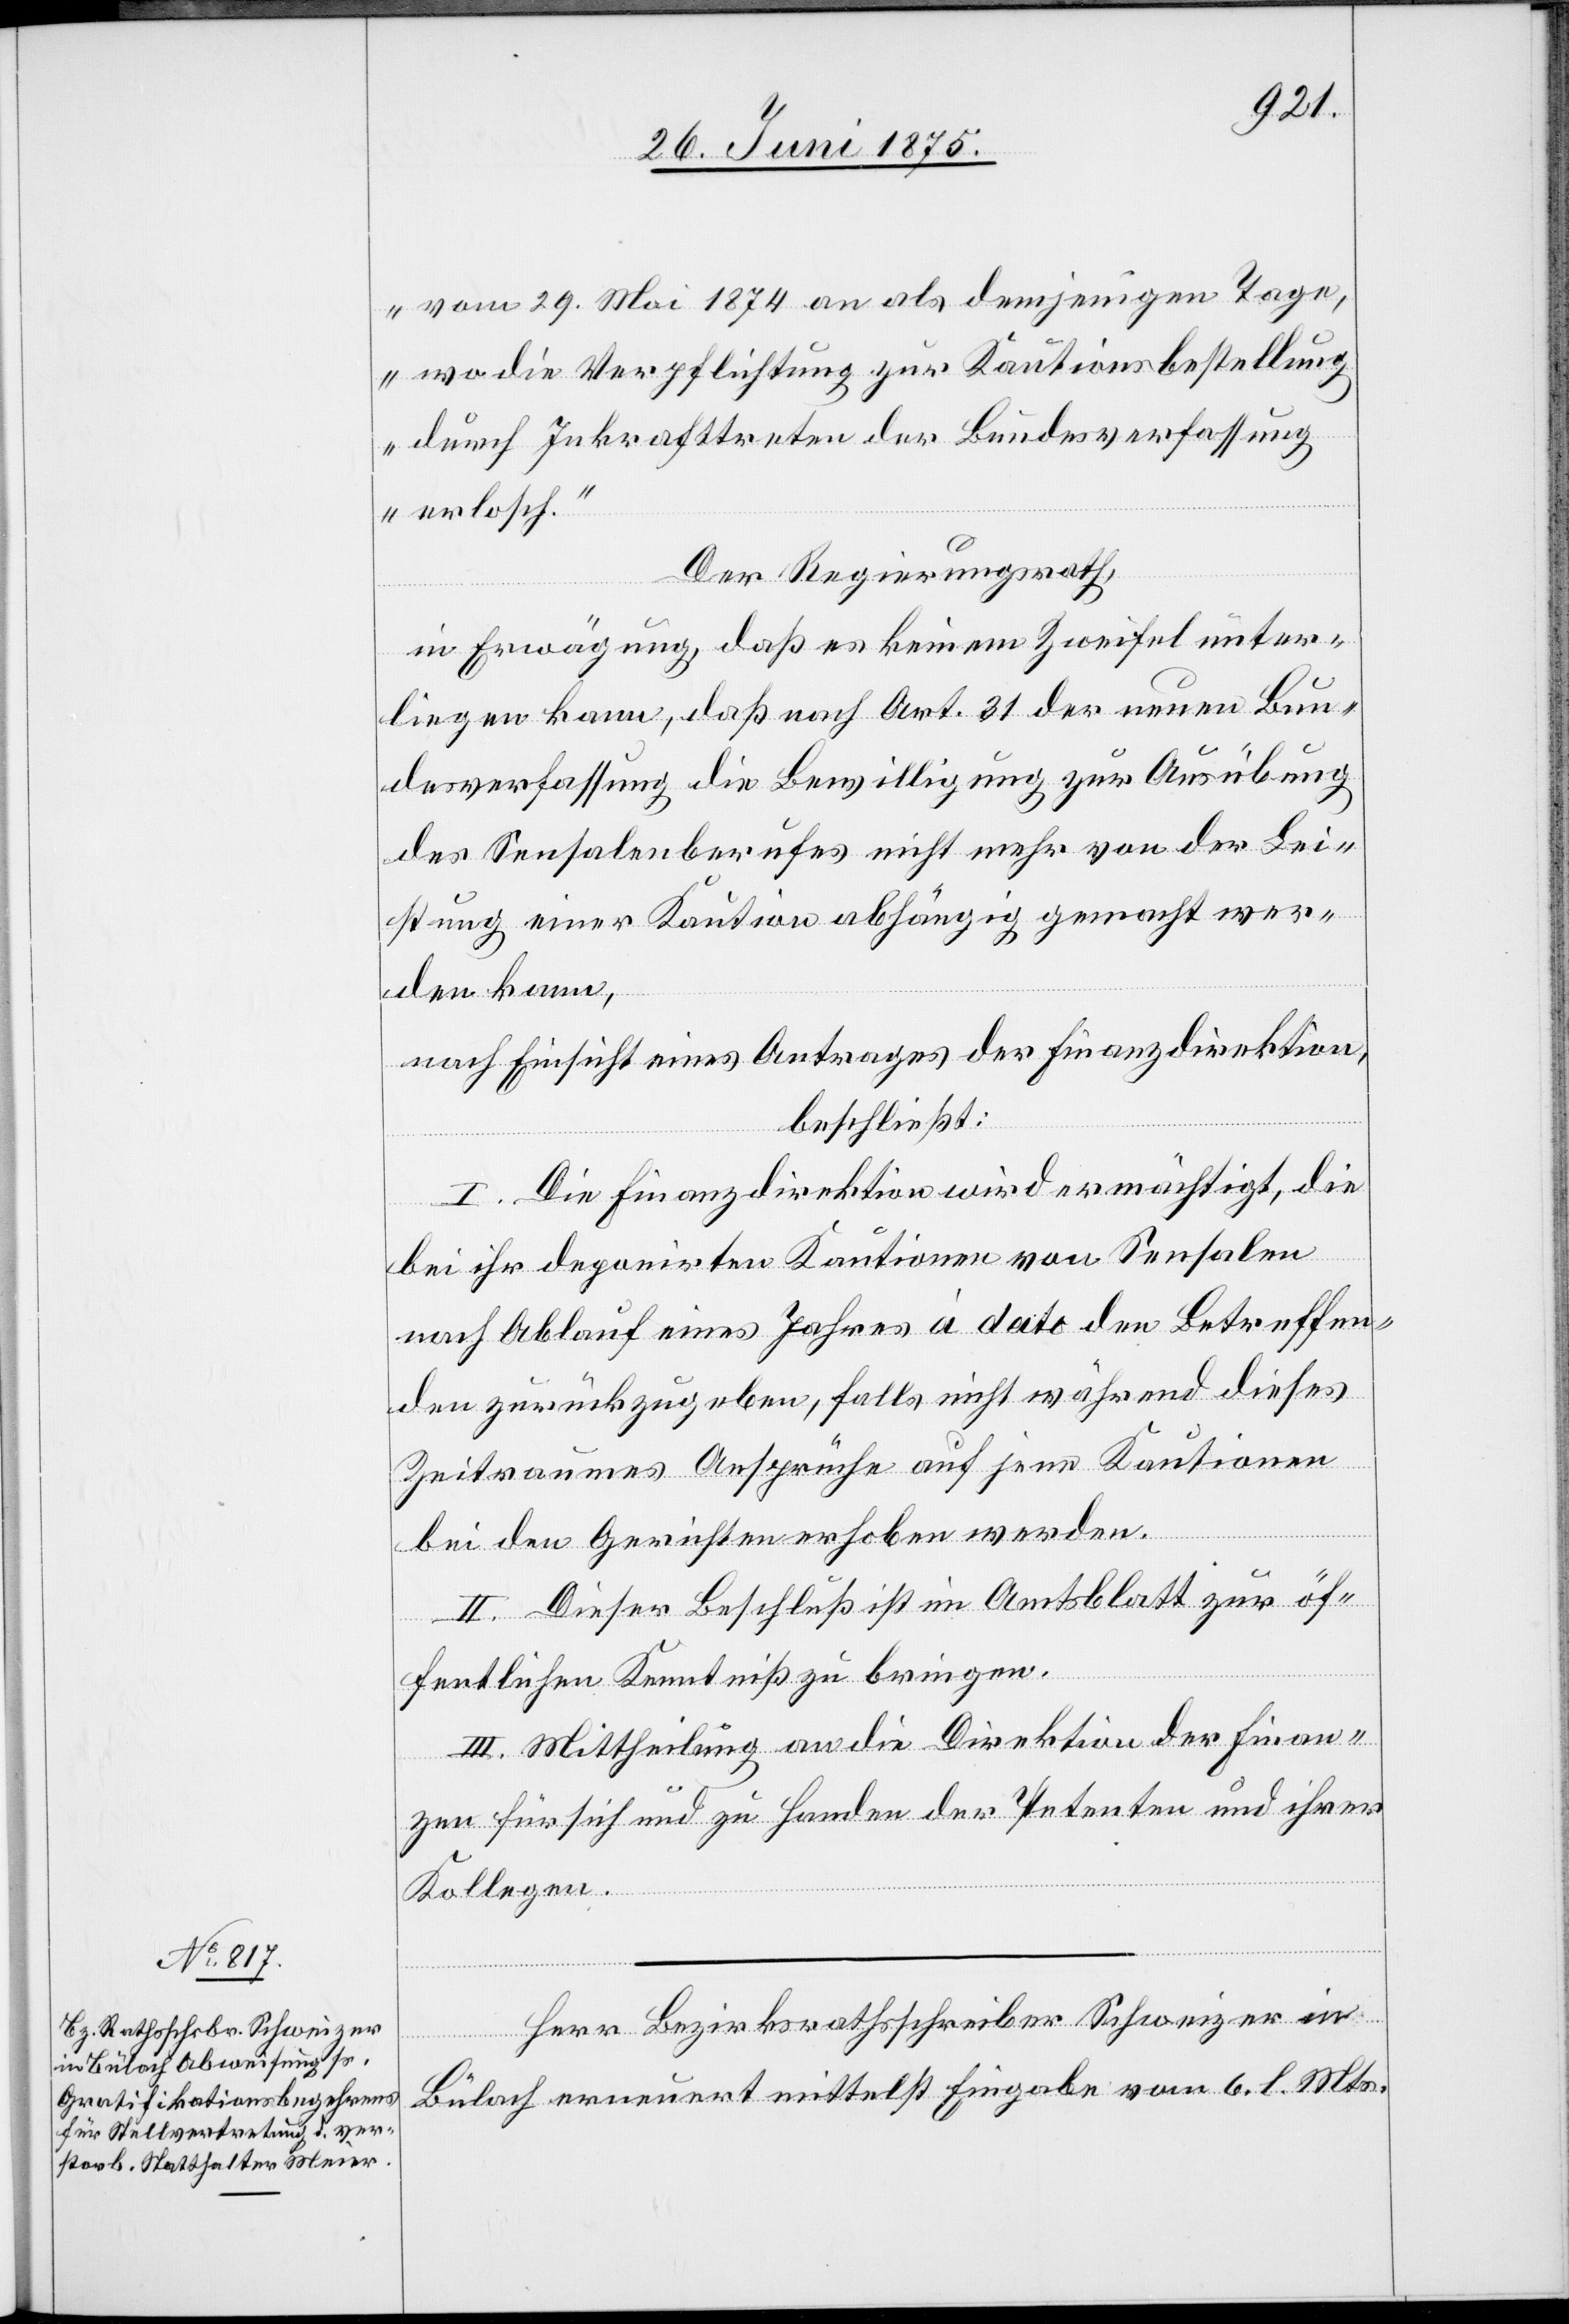
vom 29. Mai 1874 an als demjenigen Tage,
wo die Verpflichtung zur Kautionsbestellung
durch Inkrafttreten der Bundesverfassung
erlosch.“
Der Regierungsrath,
in Erwägung, daß es keinem Zweifel unter¬
liegen kann, daß nach Art. 31 der neuen Bun¬
desverfassung die Bewilligung zur Ausübung
des Sensalenberufes nicht mehr von der Lei¬
stung einer Kaution abhängig gemacht wer¬
den kann,
nach Einsicht eines Antrages der Finanzdirektion,
beschließt:
I. Die Finanzdirektion wird ermächtigt, die
bei ihr deponirten Kautionen von Sensalen
nach Ablauf eines Jahres à dato den Betreffen¬
den zurückzugeben, falls nicht während dieses
Zeitraumes Ansprüche auf jene Kautionen
bei den Gerichten erhoben werden.
II. Dieser Beschluß ist im Amtsblatt zur öf¬
fentlichen Kenntniß zu bringen.
III. Mittheilung an die Direktion der Finan¬
zen für sich und zu Handen der Petenten und ihrer
Kollegen.
Herr Bezirksrathschreiber Schweizer in
Bülach erneuert mittelst Eingabe vom 6. l. Mts.